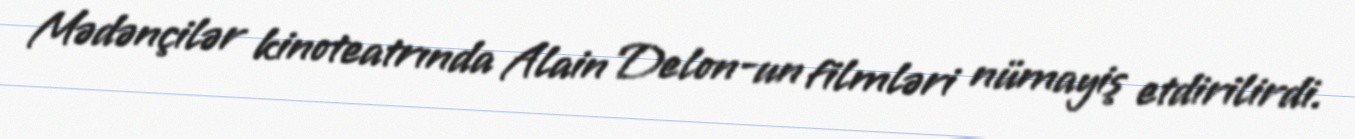
Mədənçilər kinoteatrında Alain Delon-un filmləri nümayiş etdirilirdi.